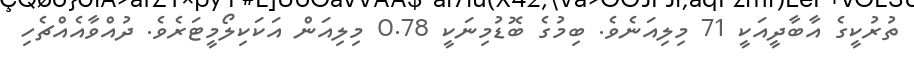
ތުރުކީގެ އާބާދީއަކީ 71 މިލިއަނެވެ. ބިމުގެ ބޮޑުމިނަކީ 0.78 މިލިއަން އަކަކިލޯމީޓަރެވެ. ދުއްވާއެއްޗެހި